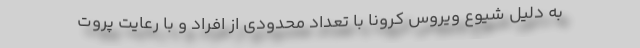
به دلیل شیوع ویروس کرونا با تعداد محدودی از افراد و با رعایت پروت